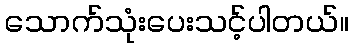
သောက်သုံးပေးသင့်ပါတယ်။